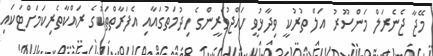
މޭޖާ ޖެނެރަލް މަންސޫރު އަލް ތުރުކީ ވިދާޅުވީ ހައްޖުވެރީންގެ ހިދުމަތުގައާއި އެފަރާތްތަކުގެ ރައްކާތެރިކަމަށްޓަކައި